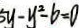
5 y - y ^ { 2 } - b = 0